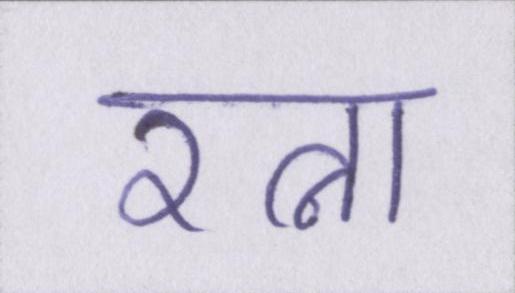
रत्ना